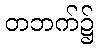
တဘက်၌